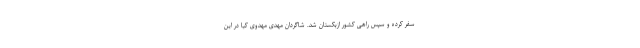
سفر کرده و سپس راهی کشور ازبکستان شد. شاگردان مهدی مهدوی کیا در این